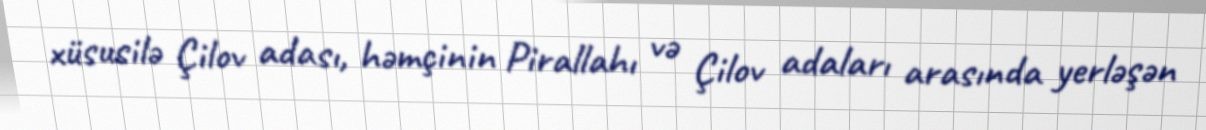
xüsusilə Çilov adası, həmçinin Pirallahı və Çilov adaları arasında yerləşən